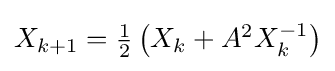
{\textstyle X_{k+1}={\frac {1}{2}}\left(X_{k}+A^{2}X_{k}^{-1}\right)}